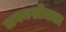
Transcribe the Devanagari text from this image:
लगनशीलता